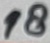
Text: 18